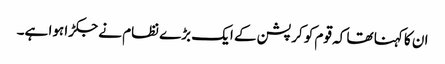
ان کا کہنا تھا کہ قوم کو کرپشن کے ایک بڑے نظام نے جکڑا ہوا ہے۔